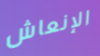
الإنعاش